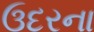
ઉદરના